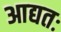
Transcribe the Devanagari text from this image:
आद्यतः